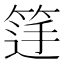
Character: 𮅚